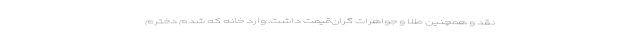
نقد و همچنین طلا و جواهرات گران‌قیمت داشت. وارد خانه که شدم دخترم